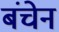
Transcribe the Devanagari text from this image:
बंचेन